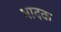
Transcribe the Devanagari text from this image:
भादक